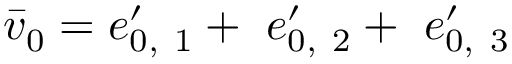
\boldsymbol { \bar { v } } _ { 0 } = \boldsymbol { e } _ { 0 , \ 1 } ^ { \prime } + \ \boldsymbol { e } _ { 0 , \ 2 } ^ { \prime } + \ \boldsymbol { e } _ { 0 , \ 3 } ^ { \prime }